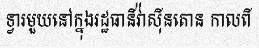
ទ្វារមួយនៅក្នុងរដ្ឋធានីវ៉ាស៊ីនតោន កាលពី